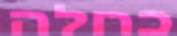
כחלה